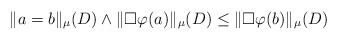
\begin{align*}\|a=b\|_{\mu}(D) \wedge \|\Box \varphi(a)\|_{\mu} (D)\leq \|\Box \varphi(b)\|_{\mu} (D)\end{align*}